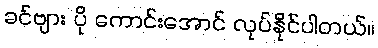
ခင်ဗျား ပို ကောင်းအောင် လုပ်နိုင်ပါတယ်။